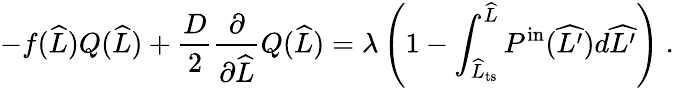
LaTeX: -f(\widehat{L})Q(\widehat{L})+\frac{D}{2}\frac{\partial}{\partial\widehat{L}}Q(\widehat{L})=\lambda\left(1-\int_{\widehat{L}_{\mathrm{ts}}}^{\widehat{L}}P^{\mathrm{in}}(\widehat{L^{\prime}})d\widehat{L^{\prime}}\right)\ .